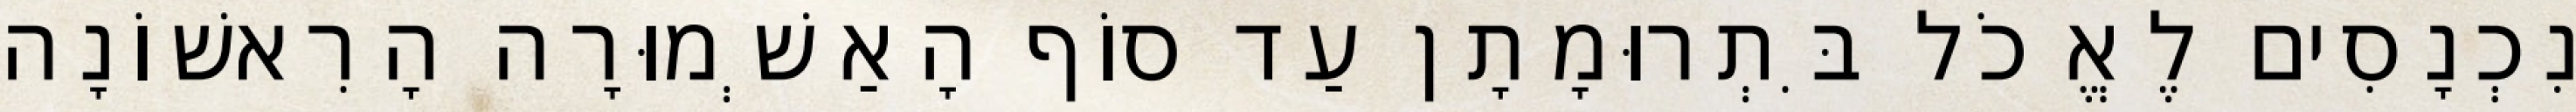
נִכְנָסִים לֶאֱכֹל בִּתְרוּמָתָן עַד סוֹף הָאַשְׁמוּרָה הָרִאשׁוֹנָה